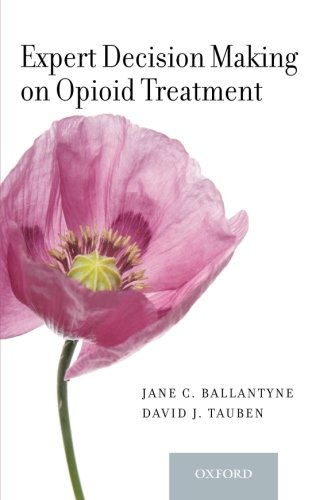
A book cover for Expert Decision Making on Opioid Treatment; Health, Fitness & Dieting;